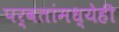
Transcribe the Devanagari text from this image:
पर्वतांमध्येही